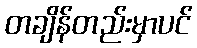
တချိန်တည်းမှာပင်